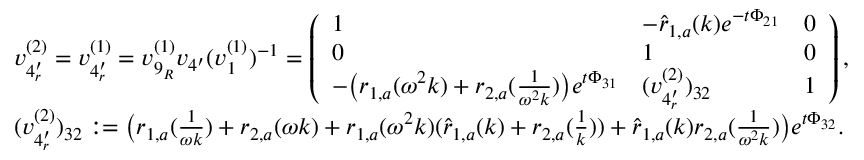
\begin{array} { r l } & { v _ { 4 _ { r } ^ { \prime } } ^ { ( 2 ) } = v _ { 4 _ { r } ^ { \prime } } ^ { ( 1 ) } = v _ { 9 _ { R } } ^ { ( 1 ) } v _ { 4 ^ { \prime } } ( v _ { 1 } ^ { ( 1 ) } ) ^ { - 1 } = \left( \begin{array} { l l l } { 1 } & { - \hat { r } _ { 1 , a } ( k ) e ^ { - t \Phi _ { 2 1 } } } & { 0 } \\ { 0 } & { 1 } & { 0 } \\ { - \big ( r _ { 1 , a } ( \omega ^ { 2 } k ) + r _ { 2 , a } ( \frac { 1 } { \omega ^ { 2 } k } ) \big ) e ^ { t \Phi _ { 3 1 } } } & { ( v _ { 4 _ { r } ^ { \prime } } ^ { ( 2 ) } ) _ { 3 2 } } & { 1 } \end{array} \right) , } \\ & { ( v _ { 4 _ { r } ^ { \prime } } ^ { ( 2 ) } ) _ { 3 2 } : = \big ( r _ { 1 , a } ( \frac { 1 } { \omega k } ) + r _ { 2 , a } ( \omega k ) + r _ { 1 , a } ( \omega ^ { 2 } k ) ( \hat { r } _ { 1 , a } ( k ) + r _ { 2 , a } ( \frac { 1 } { k } ) ) + \hat { r } _ { 1 , a } ( k ) r _ { 2 , a } ( \frac { 1 } { \omega ^ { 2 } k } ) \big ) e ^ { t \Phi _ { 3 2 } } . } \end{array}